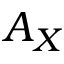
A _ { X }